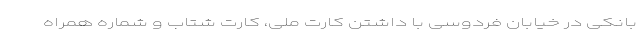
بانکی در خیابان فردوسی با داشتن کارت ملی، کارت شتاب و شماره همراه